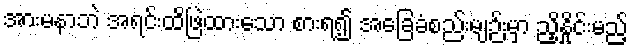
အားမနာဘဲ အရင်းထိဖြဲထားသော စားရ၍ အခြေခံစည်းမျဉ်းမှာ ညှိနှိုင်းမည့်